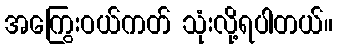
အကြွေးဝယ်ကတ် သုံးလို့ရပါတယ်။